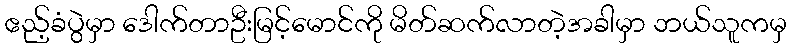
ဧည့်ခံပွဲမှာ ဒေါက်တာဦးမြင့်မောင်ကို မိတ်ဆက်လာတဲ့အခါမှာ ဘယ်သူကမှ